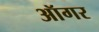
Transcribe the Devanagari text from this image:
ऑगर